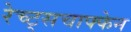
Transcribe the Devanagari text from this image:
रेच्ट्सचाफ्फेन